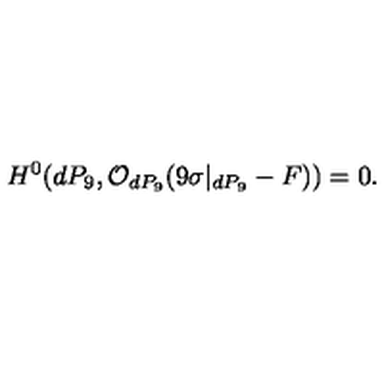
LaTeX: H ^ { 0 } ( d P _ { 9 } , { \cal O } _ { d P _ { 9 } } ( 9 \sigma | _ { d P _ { 9 } } - F ) ) = 0 .